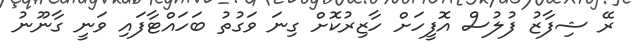
ރޭ ޝިފާޒު ފުލުސް އޮފީހަށް ހާޒިރުކޮށް ގިނަ ވަގުތު ބަހައްޓާފައި ވަނީ ގާނޫނު